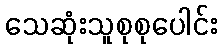
သေဆုံးသူစုစုပေါင်း